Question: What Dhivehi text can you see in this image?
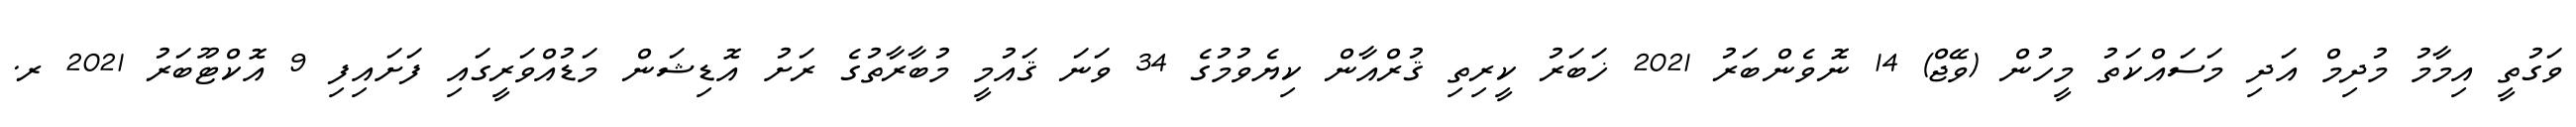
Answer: ވަގުތީ އިމާމު މުދިމް އަދި މަސައްކަތު މީހުން (ވޭޖް) 14 ނޮވެންބަރު 2021 ޚަބަރު ކީރިތި ޤުރްއާން ކިޔެވުމުގެ 34 ވަނަ ޤައުމީ މުބާރާތުގެ ރަށު އޮޑިޝަން މަޑުއްވަރީގައި ފަށައިފި 9 އޮކްޓޫބަރު 2021 ރ.